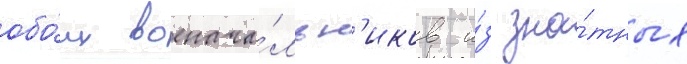
обо́их военача́льн'иков и́з зна́тных